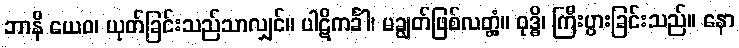
ဘာနိ ယေဝ၊ ယုတ်ခြင်းသည်သာလျှင်။ ပါဋိကင်္ခါ၊ မချွတ်ဖြစ်လတ္တံ့။ ဝုဒ္ဓိ၊ ကြီးပွားခြင်းသည်။ နော